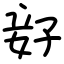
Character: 𫲨